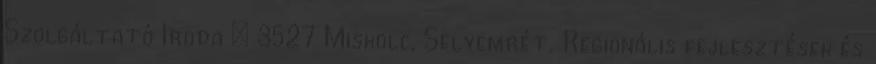
Szolgáltató Iroda ● 3527 Miskolc, Selyemrét. Regionális fejlesztések és